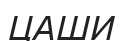
ЦАШИ